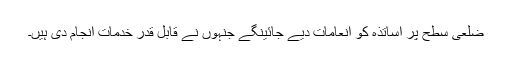
ضلعی سطح پر اساتذہ کو انعامات دیے جائینگے جنہوں نے قابل قدر خدمات انجام دی ہیں۔